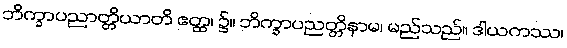
ဘိက္ခာပညာတ္တိယာတိ ဧတ္ထ၊ ၌။ ဘိက္ခာပညတ္တိနာမ၊ မည်သည်။ ဒါယကဿ၊